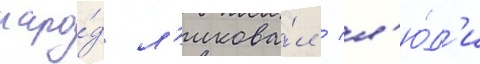
наро́д л'икова́л / л'ю́д'и